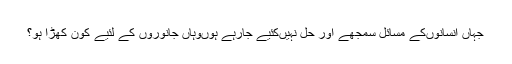
جہاں‌ انسانوں‌کے مسائل سمجھے اور حل نہیں‌کئیے جارہے ہوں‌وہاں‌ جانوروں‌ کے لئیے کون کھڑا ہو؟